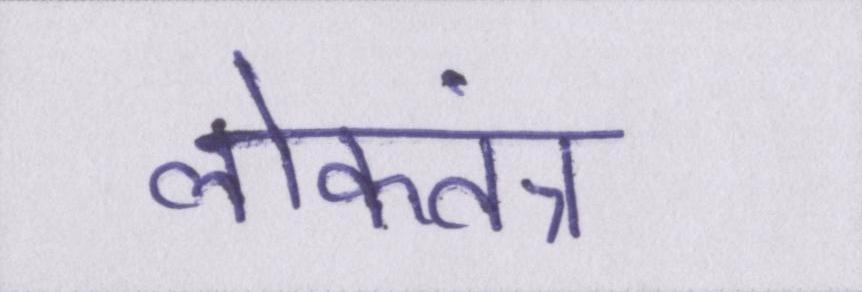
लोकतंत्र